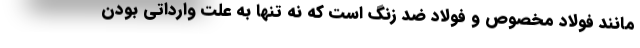
مانند فولاد مخصوص و فولاد ضد زنگ است که نه تنها به علت وارداتی بودن